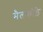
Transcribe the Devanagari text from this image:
मैलकोठे